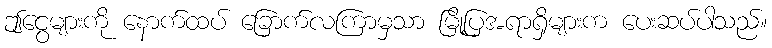
ဤငွေများကို နောက်ထပ် ခြောက်လကြာမှသာ မြို့ပြအရာရှိများက ပေးဆပ်ပါသည်။